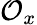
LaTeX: {\mathcal{O}}_{x}